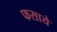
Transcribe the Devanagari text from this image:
फसाये